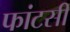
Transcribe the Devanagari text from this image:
फांटसी